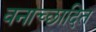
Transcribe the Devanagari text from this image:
वनाच्‍छादित